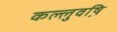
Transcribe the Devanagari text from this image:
कल्लुवष़ि